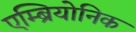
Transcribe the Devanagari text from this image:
एम्ब्रियोनिक